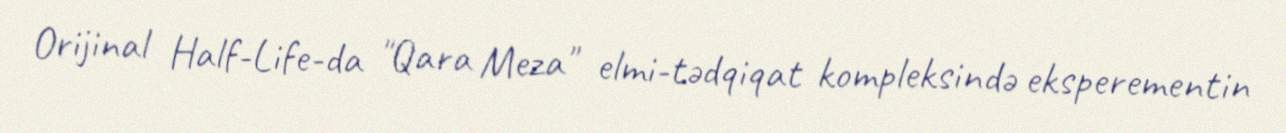
Orijinal Half-Life-da "Qara Meza" elmi-tədqiqat kompleksində eksperementin